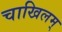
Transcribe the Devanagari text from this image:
चाखिलम्